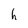
Character: h